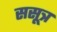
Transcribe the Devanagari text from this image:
ससूत्र